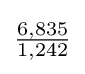
{\tfrac {6,835}{1,242}}